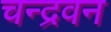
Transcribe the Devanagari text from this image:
चन्द्रवन